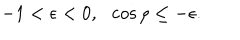
- 1 < \epsilon < 0 , \ \ \cos \rho \le - \epsilon .